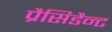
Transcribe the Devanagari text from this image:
प्रैसिडैन्ट